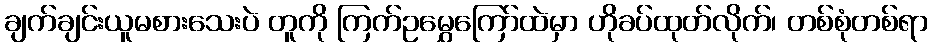
ချက်ချင်းယူမစားသေးပဲ တူကို ကြက်ဥမွှေကြော်ထဲမှာ ဟိုခပ်ထုတ်လိုက်၊ တစ်စုံတစ်ရာ